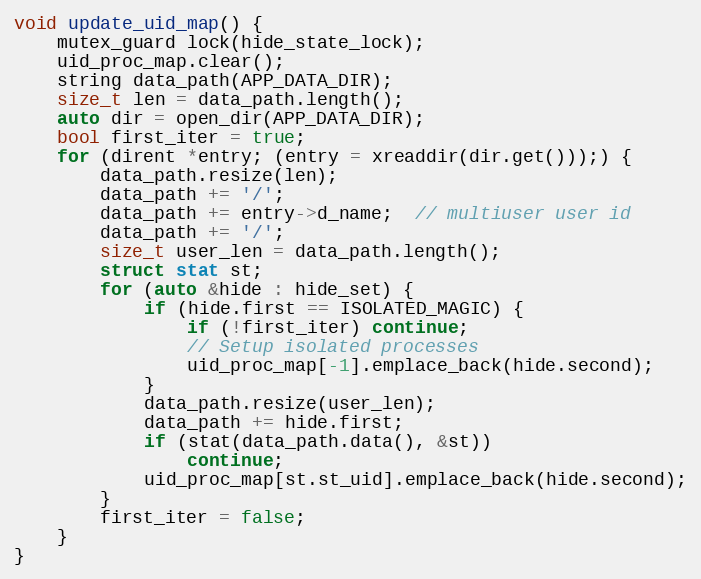
Language: C++
void update_uid_map() {
    mutex_guard lock(hide_state_lock);
    uid_proc_map.clear();
    string data_path(APP_DATA_DIR);
    size_t len = data_path.length();
    auto dir = open_dir(APP_DATA_DIR);
    bool first_iter = true;
    for (dirent *entry; (entry = xreaddir(dir.get()));) {
        data_path.resize(len);
        data_path += '/';
        data_path += entry->d_name;  // multiuser user id
        data_path += '/';
        size_t user_len = data_path.length();
        struct stat st;
        for (auto &hide : hide_set) {
            if (hide.first == ISOLATED_MAGIC) {
                if (!first_iter) continue;
                // Setup isolated processes
                uid_proc_map[-1].emplace_back(hide.second);
            }
            data_path.resize(user_len);
            data_path += hide.first;
            if (stat(data_path.data(), &st))
                continue;
            uid_proc_map[st.st_uid].emplace_back(hide.second);
        }
        first_iter = false;
    }
}